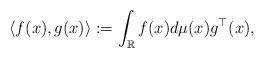
LaTeX: \begin{align*}\langle f(x),g(x)\rangle:=\int_{\mathbb{R}}f(x)d\mu(x)g^\top (x),\end{align*}